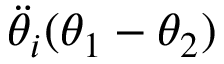
\ddot { \theta } _ { i } ( \theta _ { 1 } - \theta _ { 2 } )